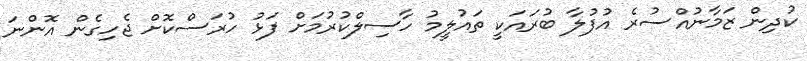
ކުދިން ޒަމާނުއްސުރެ އުފުލާ ބުރައަކީ ތައުލީމު ހާސިލްކުރުމަށް ފަޅު ހުރަސްކޮށް ޖެހިގެން އޮންނަ